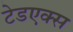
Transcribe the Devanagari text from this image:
टेडएक्स